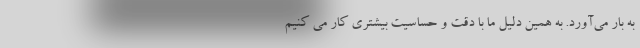
به بار می‌آورد. به همین دلیل ما با دقت و حساسیت بیشتری کار می کنیم